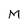
Character: M